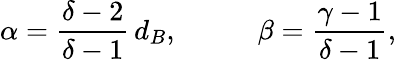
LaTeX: \alpha=\frac{\delta-2}{\delta-1}\, d_{B},\; \; \; \; \; \; \; \; \; \; \beta=\frac{\gamma-1}{\delta-1},